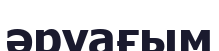
әруағым